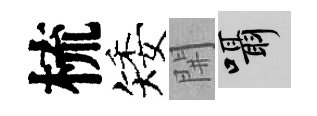
梳矮𨳩囁